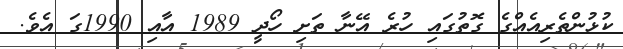
ކުޅުންތެރިއެއްގެ ގޮތުގައި ހުރެ އޭނާ ތަށި ހޯދީ 1989 އާއި 1990ގަ އެވެ.